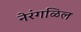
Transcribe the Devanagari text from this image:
नेरंगळिल